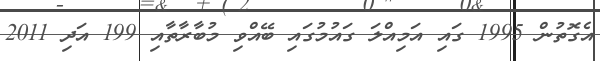
އެގޮތުން 1995 ގައި އަމިއްލަ ގައުމުގައި ބޭއްވި މުބާރާތާއި 199 އަދި 2011